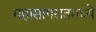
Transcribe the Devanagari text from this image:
महासागरातमध्ये